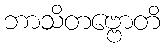
ဘာသိတဗ္ဗောတိ